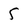
Character: 5